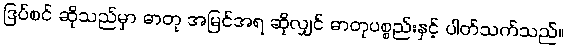
ဒြပ်စင် ဆိုသည်မှာ ဓာတု အမြင်အရ ဆိုလျှင် ဓာတုပစ္စည်းနှင့် ပါတ်သက်သည်။